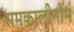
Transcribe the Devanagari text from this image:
समकालीनोम